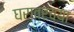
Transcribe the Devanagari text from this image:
घरावरच्या